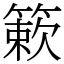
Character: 簌